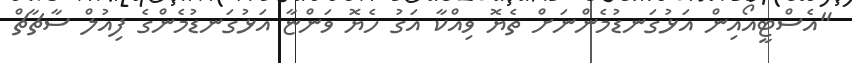
"އެސްޓީއޯއިން އަޅުގަނޑުމެންނަށް ތެޔޮ ވިއްކާ އަގު ހެޔޮ ވަންޏާ އަޅުގަނޑުމެންގެ ފިއުލް ސާޗާޗް